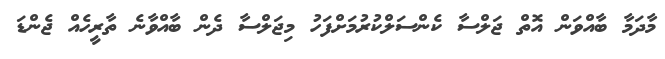
މާދަމާ ބާއްވަން އޮތް ޖަލްސާ ކެންސަލްކުރުމަށްފަހު މިޖަލްސާ ދެން ބާއްވާނެ ތާރީހެއް ޖެންޑަ